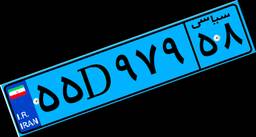
۵۵D۹۷۹۵۸